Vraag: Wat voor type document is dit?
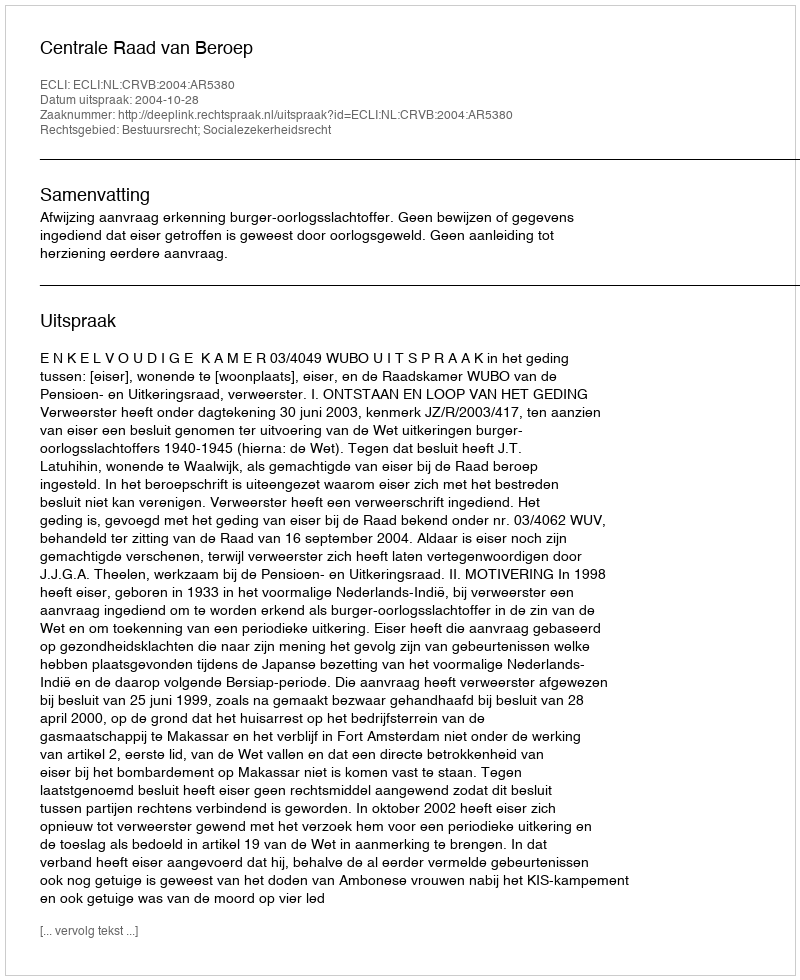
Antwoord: Uitspraak